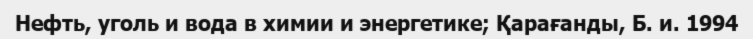
Нефть, уголь и вода в химии и энергетике; Қарағанды, Б. и. 1994